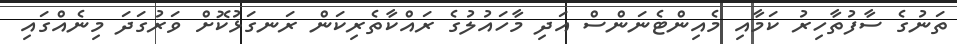
ތަނުގެ ސާފުތާހިރު ކަމާއި މެއިންޓެނަންސް އަދި މާހައުލުގެ ރައްކާތެރިކަން ރަނގަޅުކޮށް ވަރުގަދަ މިނެއްގައި